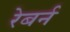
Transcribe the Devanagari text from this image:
रेबर्न